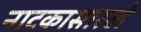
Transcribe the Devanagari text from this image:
नाटकासारखे